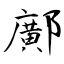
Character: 鄺